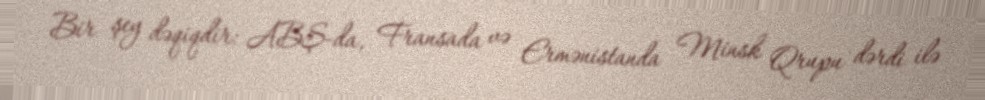
Bir şey dəqiqdir: ABŞ-da, Fransada və Ermənistanda Minsk Qrupu dərdi ilə